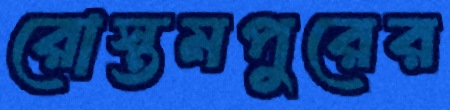
রোস্তমপুরের